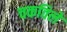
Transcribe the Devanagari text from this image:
चकविले